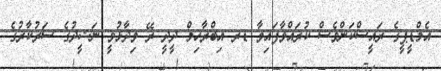
އެމްޑީޕީގެ ރައީސްކަންވެސް ކުރައްވާފައިވާ ޑރ އިބްރާހިމް ދީދީ ރޭ ވިދާޅުވީ ނަޝީދުގެ ސަރުކާރުގެ